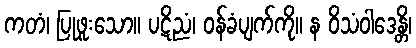
ကတံ၊ ပြုဖူးသော။ ပဋိညံ၊ ဝန်ခံပျက်ကို။ န ဝိသံဝါဒေန္တိ၊